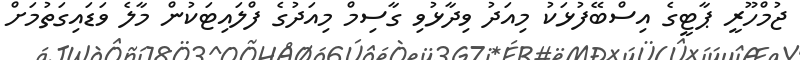
ޖުމްހޫރީ ޕާޓީގެ އިސްބޭފުޅަކު މިއަދު ވިދާޅުވި ގާސިމް މިއަދުގެ ފްލައިޓަކުން މާލެ ވަޑައިގަތުމަށް